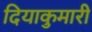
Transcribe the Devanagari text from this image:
दियाकुमारी